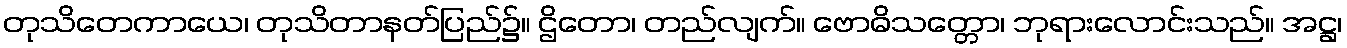
တုသိတေကာယေ၊ တုသိတာနတ်ပြည်၌။ ဌိတော၊ တည်လျက်။ ဗောဓိသတ္တော၊ ဘုရားလောင်းသည်။ အဋ္ဌ၊